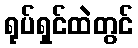
ရုပ်ရှင်ထဲတွင်